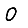
Digit: 0